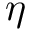
\eta